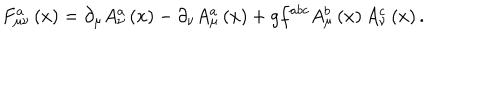
F _ { \mu \nu } ^ { a } \left( x \right) = \partial _ { \mu } A _ { \nu } ^ { a } \left( x \right) - \partial _ { \nu } A _ { \mu } ^ { a } \left( x \right) + g f ^ { a b c } A _ { \mu } ^ { b } \left( x \right) A _ { \nu } ^ { c } \left( x \right) .